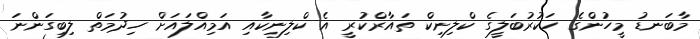
މާބަނޑު މީހުންގެ ހަކުރުބަލީގެ ކްލިނިކް ތައާރްކުރީ އެ ކްލިނިކާއި އަމިއްލައަށް ހިދުމަތް ލިބިގަންނަ